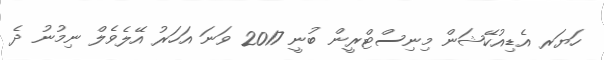
ހަޔަރ އެޑިއުކޭޝަން މިނިސްޓްރީން ބުނީ 2017 ވަނަ އަހަރު އޭލެވެލް ނިމުނު ދެ